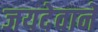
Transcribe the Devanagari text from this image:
जयदेवाने